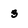
Character: 3